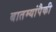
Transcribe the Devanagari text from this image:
बातम्यांपैकी